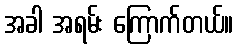
အခါ အရမ်း ကြောက်တယ်။